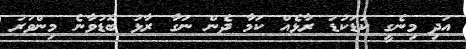
އަދި މިނެގީ ކުޑަކުޑަ ރާޅެއް ކަމާ ދެން ނަގާ ރާޅު ބޮޑުވާނެ މިންވަރު